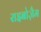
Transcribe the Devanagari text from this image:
राइबोज़ैम